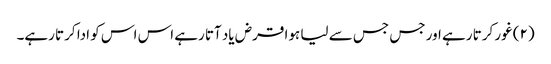
(۲) غور کرتا رہے اور جس جس سے لیا ہوا قرض یاد آتا رہے اس اس کو ادا کرتا رہے۔